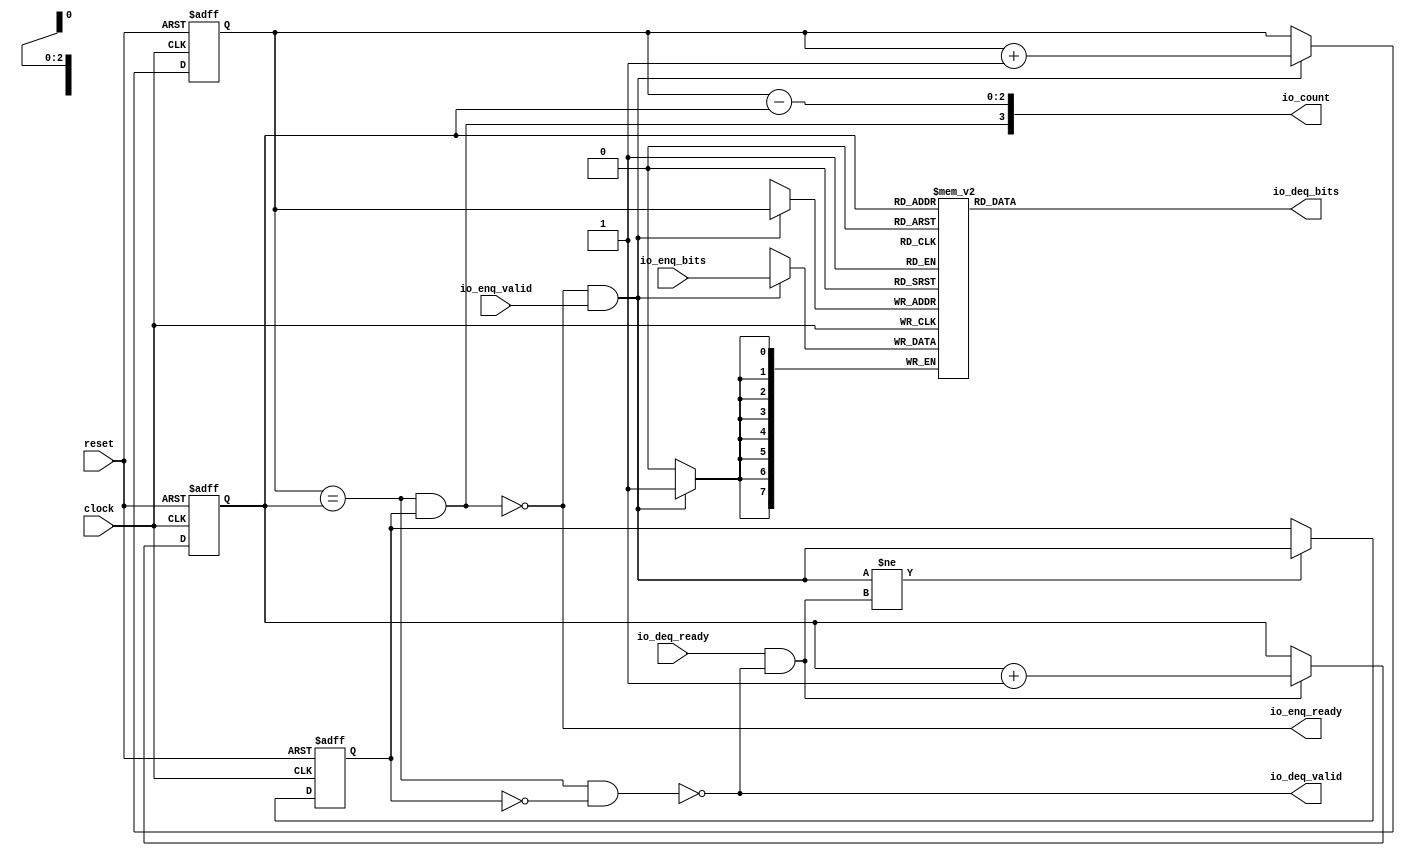
 /*                                                                      
 Copyright 2018-2020 Nuclei System Technology, Inc.                
                                                                         
 Licensed under the Apache License, Version 2.0 (the "License");         
 you may not use this file except in compliance with the License.        
 You may obtain a copy of the License at                                 
                                                                         
     http://www.apache.org/licenses/LICENSE-2.0                          
                                                                         
  Unless required by applicable law or agreed to in writing, software    
 distributed under the License is distributed on an "AS IS" BASIS,       
 WITHOUT WARRANTIES OR CONDITIONS OF ANY KIND, either express or implied.
 See the License for the specific language governing permissions and     
 limitations under the License.                                          
 */                                                                      
                                                                         
                                                                         
                                                                         
module sirv_queue_1(
  input   clock,
  input   reset,
  output  io_enq_ready,
  input   io_enq_valid,
  input  [7:0] io_enq_bits,
  input   io_deq_ready,
  output  io_deq_valid,
  output [7:0] io_deq_bits,
  output [3:0] io_count
);
  reg [7:0] ram [0:7];
  reg [31:0] GEN_0;
  wire [7:0] ram_T_51_data;
  wire [2:0] ram_T_51_addr;
  wire [7:0] ram_T_35_data;
  wire [2:0] ram_T_35_addr;
  wire  ram_T_35_mask;
  wire  ram_T_35_en;
  reg [2:0] T_27;
  reg [31:0] GEN_1;
  reg [2:0] T_29;
  reg [31:0] GEN_2;
  reg  maybe_full;
  reg [31:0] GEN_3;
  wire  ptr_match;
  wire  T_32;
  wire  empty;
  wire  full;
  wire  T_33;
  wire  do_enq;
  wire  T_34;
  wire  do_deq;
  wire [3:0] T_39;
  wire [2:0] T_40;
  wire [2:0] GEN_4;
  wire [3:0] T_44;
  wire [2:0] T_45;
  wire [2:0] GEN_5;
  wire  T_46;
  wire  GEN_6;
  wire  T_48;
  wire  T_50;
  wire [3:0] T_52;
  wire [2:0] ptr_diff;
  wire  T_53;
  wire [3:0] T_54;
  assign io_enq_ready = T_50;
  assign io_deq_valid = T_48;
  assign io_deq_bits = ram_T_51_data;
  assign io_count = T_54;
  assign ram_T_51_addr = T_29;
  assign ram_T_51_data = ram[ram_T_51_addr];
  assign ram_T_35_data = io_enq_bits;
  assign ram_T_35_addr = T_27;
  assign ram_T_35_mask = do_enq;
  assign ram_T_35_en = do_enq;
  assign ptr_match = T_27 == T_29;
  assign T_32 = maybe_full == 1'h0;
  assign empty = ptr_match & T_32;
  assign full = ptr_match & maybe_full;
  assign T_33 = io_enq_ready & io_enq_valid;
  assign do_enq = T_33;
  assign T_34 = io_deq_ready & io_deq_valid;
  assign do_deq = T_34;
  assign T_39 = T_27 + 3'h1;
  assign T_40 = T_39[2:0];
  assign GEN_4 = do_enq ? T_40 : T_27;
  assign T_44 = T_29 + 3'h1;
  assign T_45 = T_44[2:0];
  assign GEN_5 = do_deq ? T_45 : T_29;
  assign T_46 = do_enq != do_deq;
  assign GEN_6 = T_46 ? do_enq : maybe_full;
  assign T_48 = empty == 1'h0;
  assign T_50 = full == 1'h0;
  assign T_52 = T_27 - T_29;
  assign ptr_diff = T_52[2:0];
  assign T_53 = maybe_full & ptr_match;
  assign T_54 = {T_53,ptr_diff};

  always @(posedge clock) begin // The RAM block does not need reset
    if(ram_T_35_en & ram_T_35_mask) begin
      ram[ram_T_35_addr] <= ram_T_35_data;
    end
  end

  always @(posedge clock or posedge reset)
    if (reset) begin
      T_27 <= 3'h0;
    end else begin
      if (do_enq) begin
        T_27 <= T_40;
      end
    end

  always @(posedge clock or posedge reset)
    if (reset) begin
      T_29 <= 3'h0;
    end else begin
      if (do_deq) begin
        T_29 <= T_45;
      end
    end

  always @(posedge clock or posedge reset)
    if (reset) begin
      maybe_full <= 1'h0;
    end else begin
      if (T_46) begin
        maybe_full <= do_enq;
      end
    end

endmodule